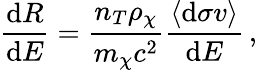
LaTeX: \frac{\mathrm{d}R}{\mathrm{d}E}=\frac{n_{T}\rho_{\chi}}{m_{\chi}c^{2}}\frac{\langle\mathrm{d}\sigma v\rangle}{\mathrm{d}E}\, ,